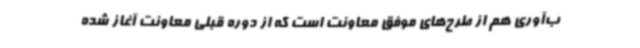
ب‌آوری هم از طرح‌های موفق معاونت است که از دوره قبلی معاونت آغاز شده